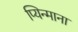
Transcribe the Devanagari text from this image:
प्यिन्माना